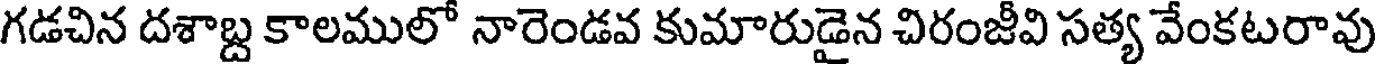
గడచిన దశాబ్ద కాలములో నారెండవ కుమారుడైన చిరంజీవి సత్య వేంకటరావు